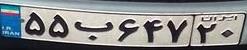
۵۵ب۶۴۷۲۰